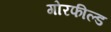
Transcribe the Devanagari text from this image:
गोरफील्ड